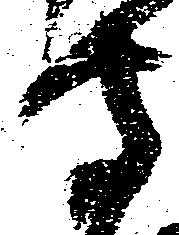
守